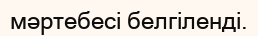
мәртебесі белгіленді.